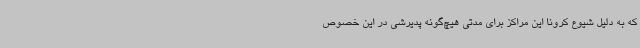
که به دلیل شیوع کرونا این مراکز برای مدتی هیچ‌گونه پدیرشی در این خصوص